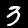
Label: 3